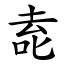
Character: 唟